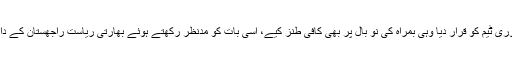
کرکٹ کے جنونی بھارتی مداحوں نے اس شکست کا ذمہ دار جہاں پوری ٹیم کو قرار دیا وہی بمراہ کی نو بال پر بھی کافی طنز کیے، اسی بات کو مدنظر رکھتے ہوئے بھارتی ریاست راجھستان کے دارالحکومت میں ٹریفک پولیس نے سڑک پر ایک اشتہار آویزاں کردیا۔